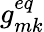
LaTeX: g_{mk}^{eq}